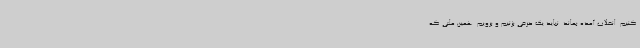
کنیم. انقلاب آمده بماند. نباید یک حرفی بزنیم و برویم. همین ملتی که